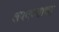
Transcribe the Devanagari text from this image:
लपवण्याचा